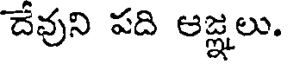
దేవుని పది ఆజ్ఞలు.